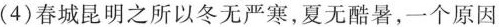
(4)春城昆明之所以冬无严寒，夏无酷暑，一个原因